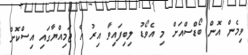
ވިމެން އޮން ބޯޑްސްއަށް މި އެވޯޑު ލިބިފައިވާ އިރު އެ ޖަމިއްޔާގައި އިސްކޮށް